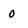
Character: o